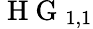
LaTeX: \mathrm{~H~G~}_{1,1}